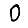
Digit: 0